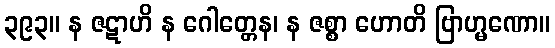
၃၉၃။ န ဇဋာဟိ န ဂေါတ္တေန၊ န ဇစ္စာ ဟောတိ ဗြာဟ္မဏော။